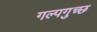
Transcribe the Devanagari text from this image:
गल्पगुच्छ